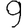
Digit: 9